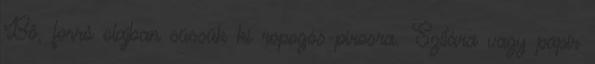
Bő, forró olajban süssük ki ropogós-pirosra. Szitára vagy papír